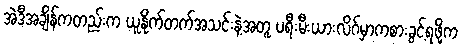
အဲဒီအချိန်ကတည်းက ယူနိုက်တက်အသင်းနဲ့အတူ ပရီးမီးယားလိဂ်မှာကစားခွင့်ရဖို့က